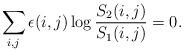
LaTeX: \begin{align*} \sum_{i,j} \epsilon(i,j) \log \frac{ S_2(i,j) }{ S_1(i,j) } = 0 .\end{align*}